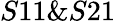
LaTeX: S11\& S21